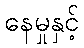
နေမှုနှင့်